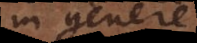
in genere